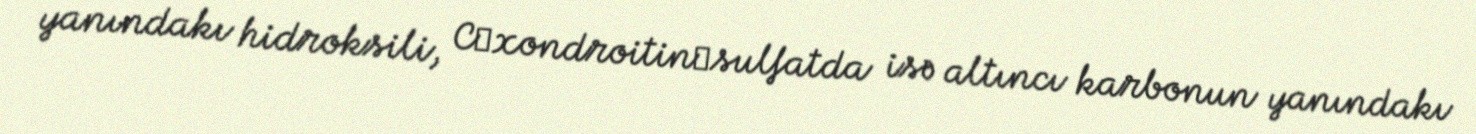
yanındakı hidroksili, C─xondroitin─sulfatda isə altıncı karbonun yanındakı